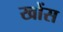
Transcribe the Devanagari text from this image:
खोंस